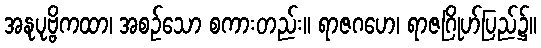
အနုပုဗ္ဗိကထာ၊ အစဉ်သော စကားတည်း။ ရာဇဂဟေ၊ ရာဇဂြိုဟ်ပြည်၌။